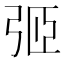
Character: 弬